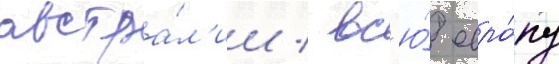
австра́л'ии / вс'ю́ евро́пу